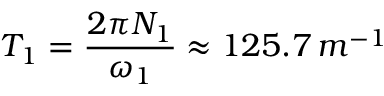
T _ { 1 } = \frac { 2 \pi N _ { 1 } } { \omega _ { 1 } } \approx 1 2 5 . 7 \, m ^ { - 1 }